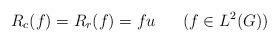
LaTeX: \begin{align*} R_c(f)=R_r(f)=fu \ \ \ \ \ (f\in L^2(G)) \end{align*}